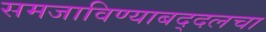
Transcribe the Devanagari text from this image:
समजाविण्याबद्दलचा